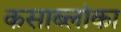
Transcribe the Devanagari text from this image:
कसाब्लांका